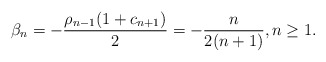
\begin{align*}\beta_n = -\dfrac{\rho_{n-1}(1+c_{n+1})}{2}=-\dfrac{n}{2(n+1)}, n \geq 1.\end{align*}